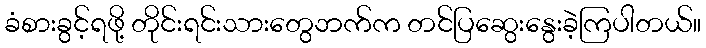
ခံစားခွင့်ရဖို့ တိုင်းရင်းသားတွေဘက်က တင်ပြဆွေးနွေးခဲ့ကြပါတယ်။